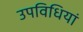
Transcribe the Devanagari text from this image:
उपविधियां